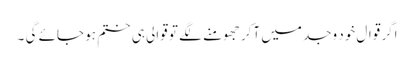
اگر قوال خود وجد میں آکر جھومنے لگے تو قوالی ہی ختم ہو جائے گی ۔